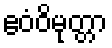
ဧဝံဝိမုတ္တာ